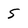
Character: 5